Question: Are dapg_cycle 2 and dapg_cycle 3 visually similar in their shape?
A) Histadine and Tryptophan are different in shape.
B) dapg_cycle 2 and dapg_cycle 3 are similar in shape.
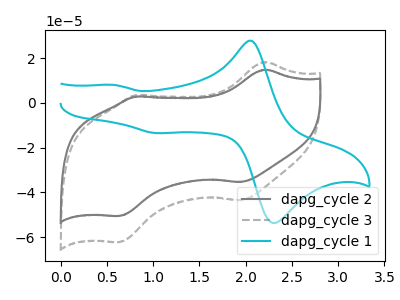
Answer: <think>The gray curve "dapg_cycle 2" has anodic peaks at (2.20V, 14.80uA) (0.80V, 2.80uA) and cathodic peaks at (1.95V, -35.40uA) (0.65V, -50.55uA). The gray dashed curve "dapg_cycle 3" has anodic peaks at (2.20V, 18.25uA) (0.80V, 3.45uA) and cathodic peaks at (1.95V, -43.55uA) (0.65V, -62.20uA). The cyan curve "dapg_cycle 1" has anodic peaks at (2.05V, 27.65uA) (0.60V, 8.00uA) and cathodic peaks at (2.35V, -53.15uA) (1.05V, -13.50uA).
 All the peaks in "dapg_cycle 2" have a peak in "dapg_cycle 3" at the same potential. Every peak in "dapg_cycle 2" is lower than every peak in "dapg_cycle 3".</think>
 <answer>B) "dapg_cycle 2" and "dapg_cycle 3" are similar in shape.</answer>
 <eval>B</eval>